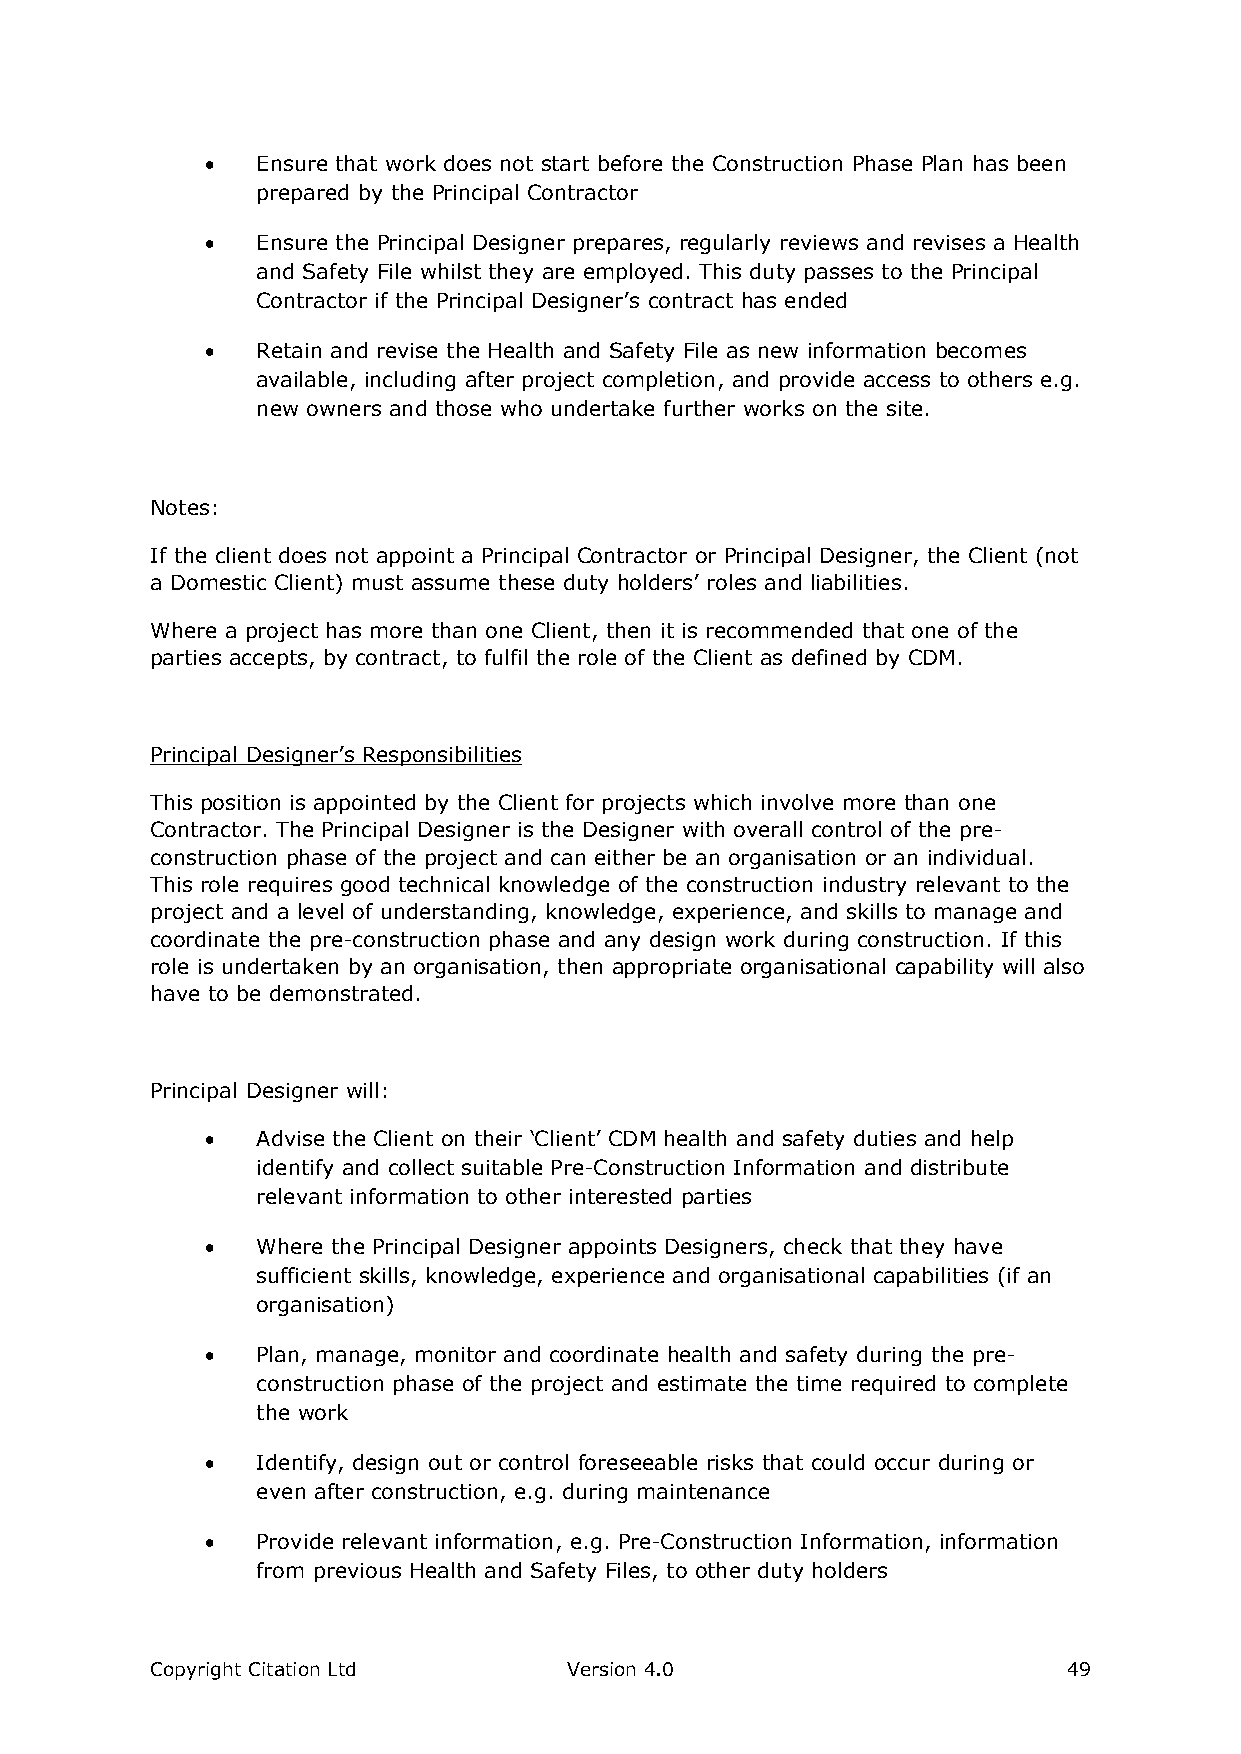
  Ensure that work does not start before the Construction Phase Plan has been
 prepared by the Principal Contractor
   Ensure the Principal Designer prepares, regularly reviews and revises a Health
 and Safety File whilst they are employed. This duty passes to the Principal
 Contractor if the Principal Designer’s contract has ended
   Retain and revise the Health and Safety File as new information becomes
 available, including after project completion, and provide access to others e.g.
 new owners and those who undertake further works on the site.
 Notes:
 If the client does not appoint a Principal Contractor or Principal Designer, the Client (not
 a Domestic Client) must assume these duty holders’ roles and liabilities.
 Where a project has more than one Client, then it is recommended that one of the
 parties accepts, by contract, to fulfil the role of the Client as defined by CDM.
 Principal Designer’s Responsibilities
 This position is appointed by the Client for projects which involve more than one
 Contractor. The Principal Designer is the Designer with overall control of the pre-
 construction phase of the project and can either be an organisation or an individual.
 This role requires good technical knowledge of the construction industry relevant to the
 project and a level of understanding, knowledge, experience, and skills to manage and
 coordinate the pre-construction phase and any design work during construction. If this
 role is undertaken by an organisation, then appropriate organisational capability will also
 have to be demonstrated.
 Principal Designer will:
   Advise the Client on their ‘Client’ CDM health and safety duties and help
 identify and collect suitable Pre-Construction Information and distribute
 relevant information to other interested parties
   Where the Principal Designer appoints Designers, check that they have
 sufficient skills, knowledge, experience and organisational capabilities (if an
 organisation)
   Plan, manage, monitor and coordinate health and safety during the pre-
 construction phase of the project and estimate the time required to complete
 the work
   Identify, design out or control foreseeable risks that could occur during or
 even after construction, e.g. during maintenance
   Provide relevant information, e.g. Pre-Construction Information, information
 from previous Health and Safety Files, to other duty holders
 Copyright Citation Ltd      Version 4.0                      49